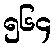
၅၆၄